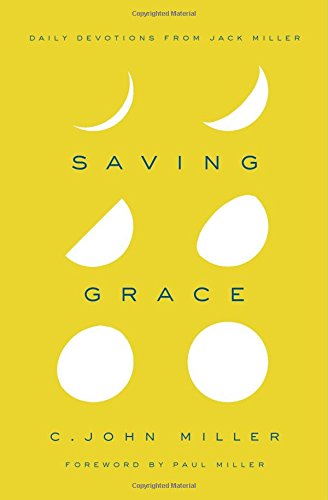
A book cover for Saving Grace: Daily Devotions from Jack Miller; C. John Miller; Christian Books & Bibles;